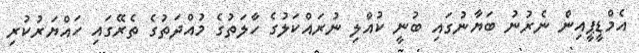
އެމްޑީޕީއިން ނެރުނު ބަޔާނުގައި ބުނީ ކުއްލި ނުރައްކަލުގެ ހާލަތުގެ މުއްދަތުގެ ތެރޭގައި ހައްޔަރުކުރި